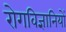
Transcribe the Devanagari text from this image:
रोगविज्ञानियों